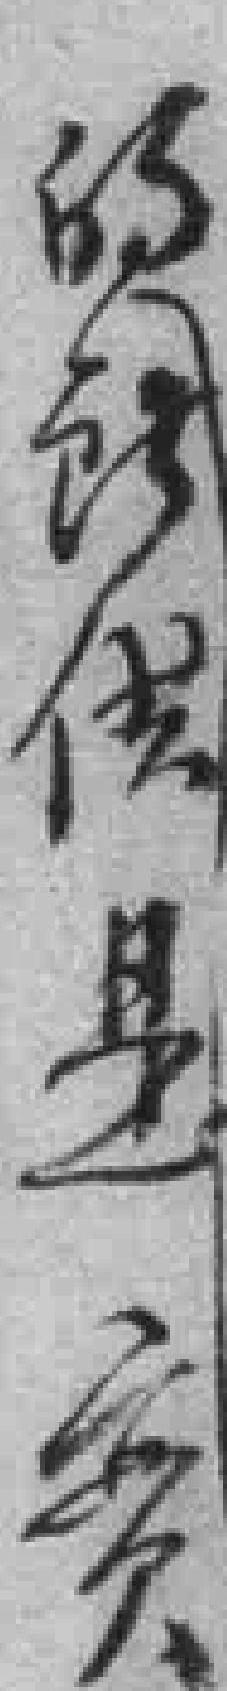
的所供是實